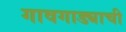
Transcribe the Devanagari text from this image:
गावगाड्याची